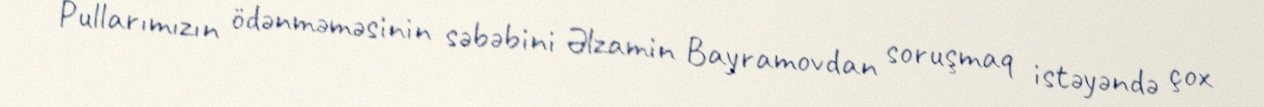
Pullarımızın ödənməməsinin səbəbini Əlzamin Bayramovdan soruşmaq istəyəndə çox